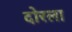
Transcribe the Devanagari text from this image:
दोरला